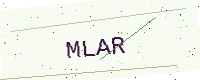
Text: MLAR